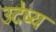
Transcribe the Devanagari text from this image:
उदेष्य